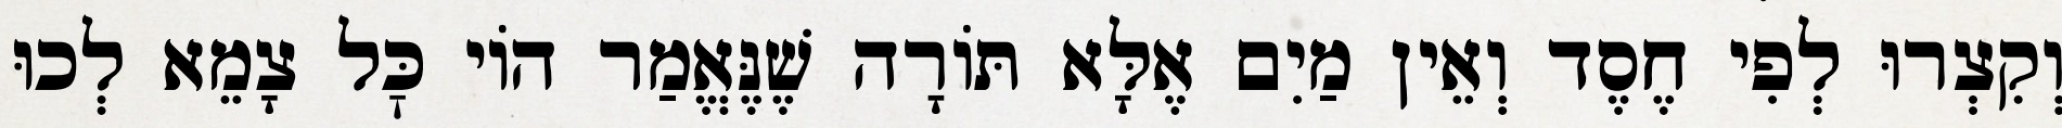
וְקִצְרוּ לְפִי חֶסֶד וְאֵין מַיִם אֶלָּא תּוֹרָה שֶׁנֶּאֱמַר הוֹי כׇּל צָמֵא לְכוּ